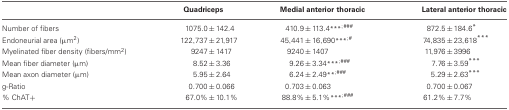
<table><thead><tr><td></td><td><b>Quadriceps</b></td><td><b>Medial anterior thoracic</b></td><td><b>Lateral anterior thoracic</b></td></tr></thead><tbody><tr><td>Number of fibers</td><td>1075.0 ± 142.4</td><td>410.9 ± 113.4<sup>***</sup><sup>;</sup><sup>###</sup></td><td>872.5 ± 184.6<sup>*</sup></td></tr><tr><td>Endoneurial area (μm<sup>2</sup>)</td><td>122,737 ± 21,917</td><td>45,441 ± 16,690<sup>***</sup><sup>;</sup><sup>#</sup></td><td>74,835 ± 23,618<sup>***</sup></td></tr><tr><td>Myelinated fiber density (fibers/mm<sup>2</sup>)</td><td>9247 ± 1417</td><td>9240 ± 1407</td><td>11,976 ± 3996</td></tr><tr><td>Mean fiber diameter (μm)</td><td>8.52 ± 3.36</td><td>9.26 ± 3.34<sup>***</sup><sup>;</sup><sup>###</sup></td><td>7.76 ± 3.59<sup>***</sup></td></tr><tr><td>Mean axon diameter (μm)</td><td>5.95 ± 2.64</td><td>6.24 ± 2.49<sup>**</sup><sup>;</sup><sup>###</sup></td><td>5.29 ± 2.63<sup>***</sup></td></tr><tr><td>g-Ratio</td><td>0.700 ± 0.066</td><td>0.703 ± 0.063</td><td>0.700 ± 0.067</td></tr><tr><td>% ChAT+</td><td>67.0% ± 10.1%</td><td>88.8% ± 5.1%<sup>***</sup><sup>;</sup><sup>###</sup></td><td>61.2% ± 7.7%</td></tr></tbody></table>